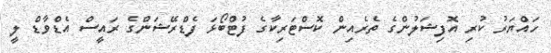
ހައްޔަރު ކުރި އޮފިޝަލުންގެ ތެރެއިން ކޮސްޓަރިކާގެ ފުޓްބޯޅަ ފެޑްރޭޝަންގެ ރައީސް އެޑްވާޑް ލީ